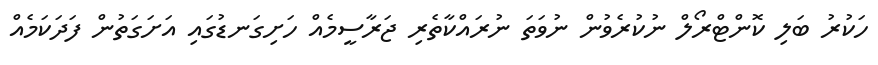
ހަކުރު ބަލި ކޮންޓްރޯލް ނުކުރެވުން ނުވަތަ ނުރައްކާތެރި ޖަރާސީމެއް ހަށިގަނޑުގައި އަށަގަތުން ފަދަކަމެއް